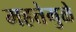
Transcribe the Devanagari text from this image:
महत्तेमुळे